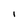
Character: 1